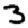
Digit: 3